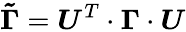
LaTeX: \boldsymbol{\tilde{\Gamma}}=\boldsymbol{U}^{T}\cdot\boldsymbol{\Gamma}\cdot\boldsymbol{U}